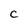
Character: C